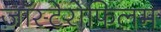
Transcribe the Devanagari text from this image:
ज़ॉस्टेरोफिलम